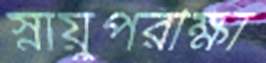
স্নায়ুপরীক্ষা